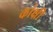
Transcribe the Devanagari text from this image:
कांक्षी